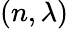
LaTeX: (n,\lambda)